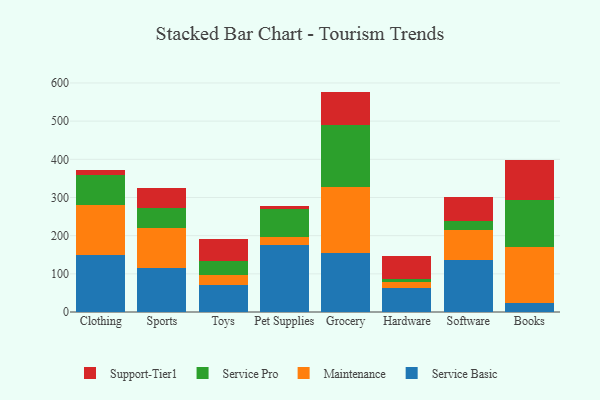
{"axis": {"x": "Category", "y": "Satisfaction Score"}, "legend": ["Maintenance", "Service Basic", "Service Pro", "Support-Tier1"], "data": [{"x": "Clothing", "y": 148.2, "type": "Service Basic"}, {"x": "Clothing", "y": 131.1, "type": "Maintenance"}, {"x": "Clothing", "y": 78.8, "type": "Service Pro"}, {"x": "Clothing", "y": 14.5, "type": "Support-Tier1"}, {"x": "Sports", "y": 114.2, "type": "Service Basic"}, {"x": "Sports", "y": 105.8, "type": "Maintenance"}, {"x": "Sports", "y": 52.8, "type": "Service Pro"}, {"x": "Sports", "y": 52.9, "type": "Support-Tier1"}, {"x": "Toys", "y": 71.8, "type": "Service Basic"}, {"x": "Toys", "y": 26.0, "type": "Maintenance"}, {"x": "Toys", "y": 35.1, "type": "Service Pro"}, {"x": "Toys", "y": 58.3, "type": "Support-Tier1"}, {"x": "Pet Supplies", "y": 176.6, "type": "Service Basic"}, {"x": "Pet Supplies", "y": 20.2, "type": "Maintenance"}, {"x": "Pet Supplies", "y": 72.5, "type": "Service Pro"}, {"x": "Pet Supplies", "y": 8.7, "type": "Support-Tier1"}, {"x": "Grocery", "y": 154.1, "type": "Service Basic"}, {"x": "Grocery", "y": 173.6, "type": "Maintenance"}, {"x": "Grocery", "y": 162.5, "type": "Service Pro"}, {"x": "Grocery", "y": 87.2, "type": "Support-Tier1"}, {"x": "Hardware", "y": 63.9, "type": "Service Basic"}, {"x": "Hardware", "y": 15.9, "type": "Maintenance"}, {"x": "Hardware", "y": 6.7, "type": "Service Pro"}, {"x": "Hardware", "y": 60.2, "type": "Support-Tier1"}, {"x": "Software", "y": 136.6, "type": "Service Basic"}, {"x": "Software", "y": 79.1, "type": "Maintenance"}, {"x": "Software", "y": 23.2, "type": "Service Pro"}, {"x": "Software", "y": 62.6, "type": "Support-Tier1"}, {"x": "Books", "y": 24.5, "type": "Service Basic"}, {"x": "Books", "y": 146.4, "type": "Maintenance"}, {"x": "Books", "y": 122.6, "type": "Service Pro"}, {"x": "Books", "y": 104.9, "type": "Support-Tier1"}]}